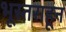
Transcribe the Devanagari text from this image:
भूस्तराहून